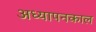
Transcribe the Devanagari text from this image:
अध्यापनकाल